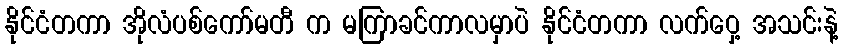
နိုင်ငံတကာ အိုလံပစ်ကော်မတီ က မကြာခင်ကာလမှာပဲ နိုင်ငံတကာ လက်ဝှေ့ အသင်းနဲ့